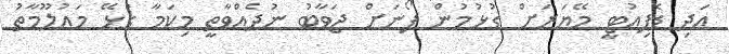
އަދި ޑެޕިއުޓީ މޭޔަރަށް ގުޅުމުން ފޯނަށް ޖަވާބު ނުދެއްވާތީ މިކަމާ ގުޅޭ މައުލޫމާތު